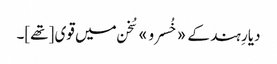
دیارِ ہند کے «خُسرو» سُخن میں قوی [تھے]۔